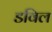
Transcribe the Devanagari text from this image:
डविल